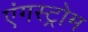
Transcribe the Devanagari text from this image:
एंगस्ट्रोम